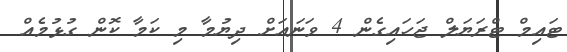
ޓައިމް ޓްރަޔަލް ޖަހައިގެން 4 ވަނައަށް ދިޔުމާ މި ކަމާ ކޮން ގުޅުމެއް